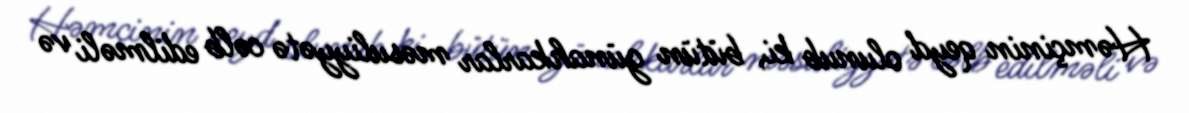
Həmçinin qeyd olunub ki, bütün günahkarlar məsuliyyətə cəlb edilməli və